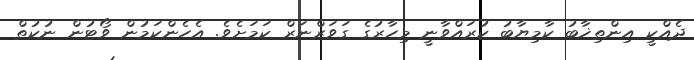
ދެއްކީ އިންތިޚާބު ކާމިޔާބު ކުރައްވާނީ މިހާރުގެ ގަވަރްނަރް ކަމަށެވެ. އެހެންކަމުން ވޯޓުން ނުކުތް